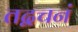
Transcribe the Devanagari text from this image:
तद्वचनं